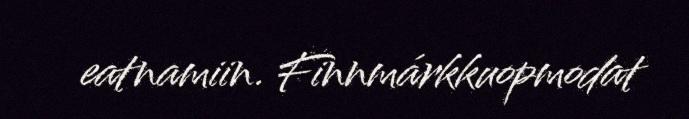
eatnamiin. Finnmárkkuopmodat